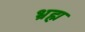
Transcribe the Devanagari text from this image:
भ्रह्म